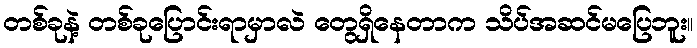
တစ်ခုနဲ့ တစ်ခုပြောင်းရာမှာလဲ တွေရှိနေတာက သိပ်အဆင်မပြေဘူး။